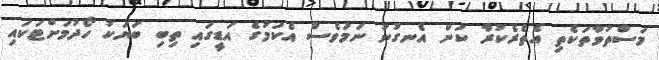
މަސްތުވާތަކެތި އެތެރެކުރާ ކަން އެނގުނު ނަމަވެސް އެކަމުގެ އަޑީގައި ތިބި ބަޔަކު ހޯދުމަށްޓަކައި